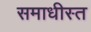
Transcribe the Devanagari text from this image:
समाधीस्त